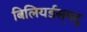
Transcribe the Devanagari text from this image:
बिलियर्डस्‌पटू